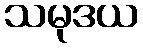
သမုဒယ